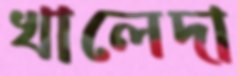
খালেদা